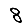
Digit: 8